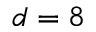
d = 8